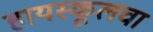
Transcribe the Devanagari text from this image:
हायस्‍कूलचा